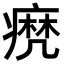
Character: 𤹈